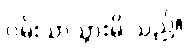
ဝမ်းသာသွားမိ သည်။